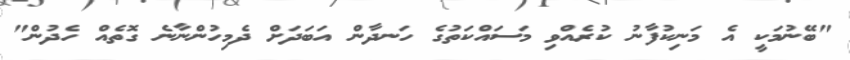
"ބޭނުމަކީ އެ މަނިކުފާނު ކުރެއްވި މަސައްކަތުގެ ހަނދާން އަބަދަށް ދެމިހުންނާނެ ގޮތެއް ހެދުން"